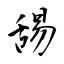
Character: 舓